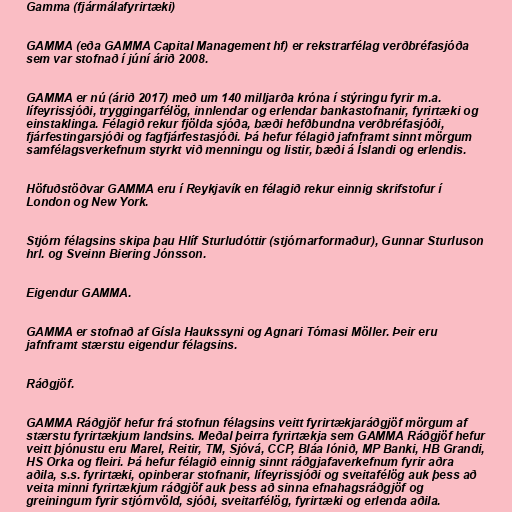
Gamma (fjármálafyrirtæki)

GAMMA (eða GAMMA Capital Management hf) er rekstrarfélag verðbréfasjóða
sem var stofnað í júní árið 2008.

GAMMA er nú (árið 2017) með um 140 milljarða króna í stýringu fyrir m.a.
lífeyrissjóði, tryggingarfélög, innlendar og erlendar bankastofnanir, fyrirtæki og
einstaklinga. Félagið rekur fjölda sjóða, bæði hefðbundna verðbréfasjóði,
fjárfestingarsjóði og fagfjárfestasjóði. Þá hefur félagið jafnframt sinnt mörgum
samfélagsverkefnum styrkt við menningu og listir, bæði á Íslandi og erlendis.

Höfuðstöðvar GAMMA eru í Reykjavík en félagið rekur einnig skrifstofur í
London og New York.

Stjórn félagsins skipa þau Hlíf Sturludóttir (stjórnarformaður), Gunnar Sturluson
hrl. og Sveinn Biering Jónsson.

Eigendur GAMMA.

GAMMA er stofnað af Gísla Haukssyni og Agnari Tómasi Möller. Þeir eru
jafnframt stærstu eigendur félagsins.

Ráðgjöf.

GAMMA Ráðgjöf hefur frá stofnun félagsins veitt fyrirtækjaráðgjöf mörgum af
stærstu fyrirtækjum landsins. Meðal þeirra fyrirtækja sem GAMMA Ráðgjöf hefur
veitt þjónustu eru Marel, Reitir, TM, Sjóvá, CCP, Bláa lónið, MP Banki, HB Grandi,
HS Orka og fleiri. Þá hefur félagið einnig sinnt ráðgjafaverkefnum fyrir aðra
aðila, s.s. fyrirtæki, opinberar stofnanir, lífeyrissjóði og sveitafélög auk þess að
veita minni fyrirtækjum ráðgjöf auk þess að sinna efnahagsráðgjöf og
greiningum fyrir stjórnvöld, sjóði, sveitarfélög, fyrirtæki og erlenda aðila.